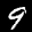
Label: 9